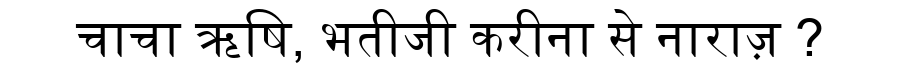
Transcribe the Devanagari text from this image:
चाचा ऋषि, भतीजी करीना से नाराज़ ?